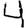
Digit: 4